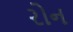
રોન